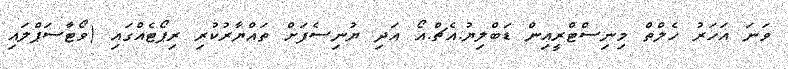
ވަނަ އަހަރު ހެލްތް މިނިސްޓްރީއިން ޑަބްލިޔު.އެޗް.އޯ އަދި ޔުނިސެފަށް ތައްޔާރުކުރި ރިޕޯޓެއްގައި (ވޯޓާސަޕްލައި